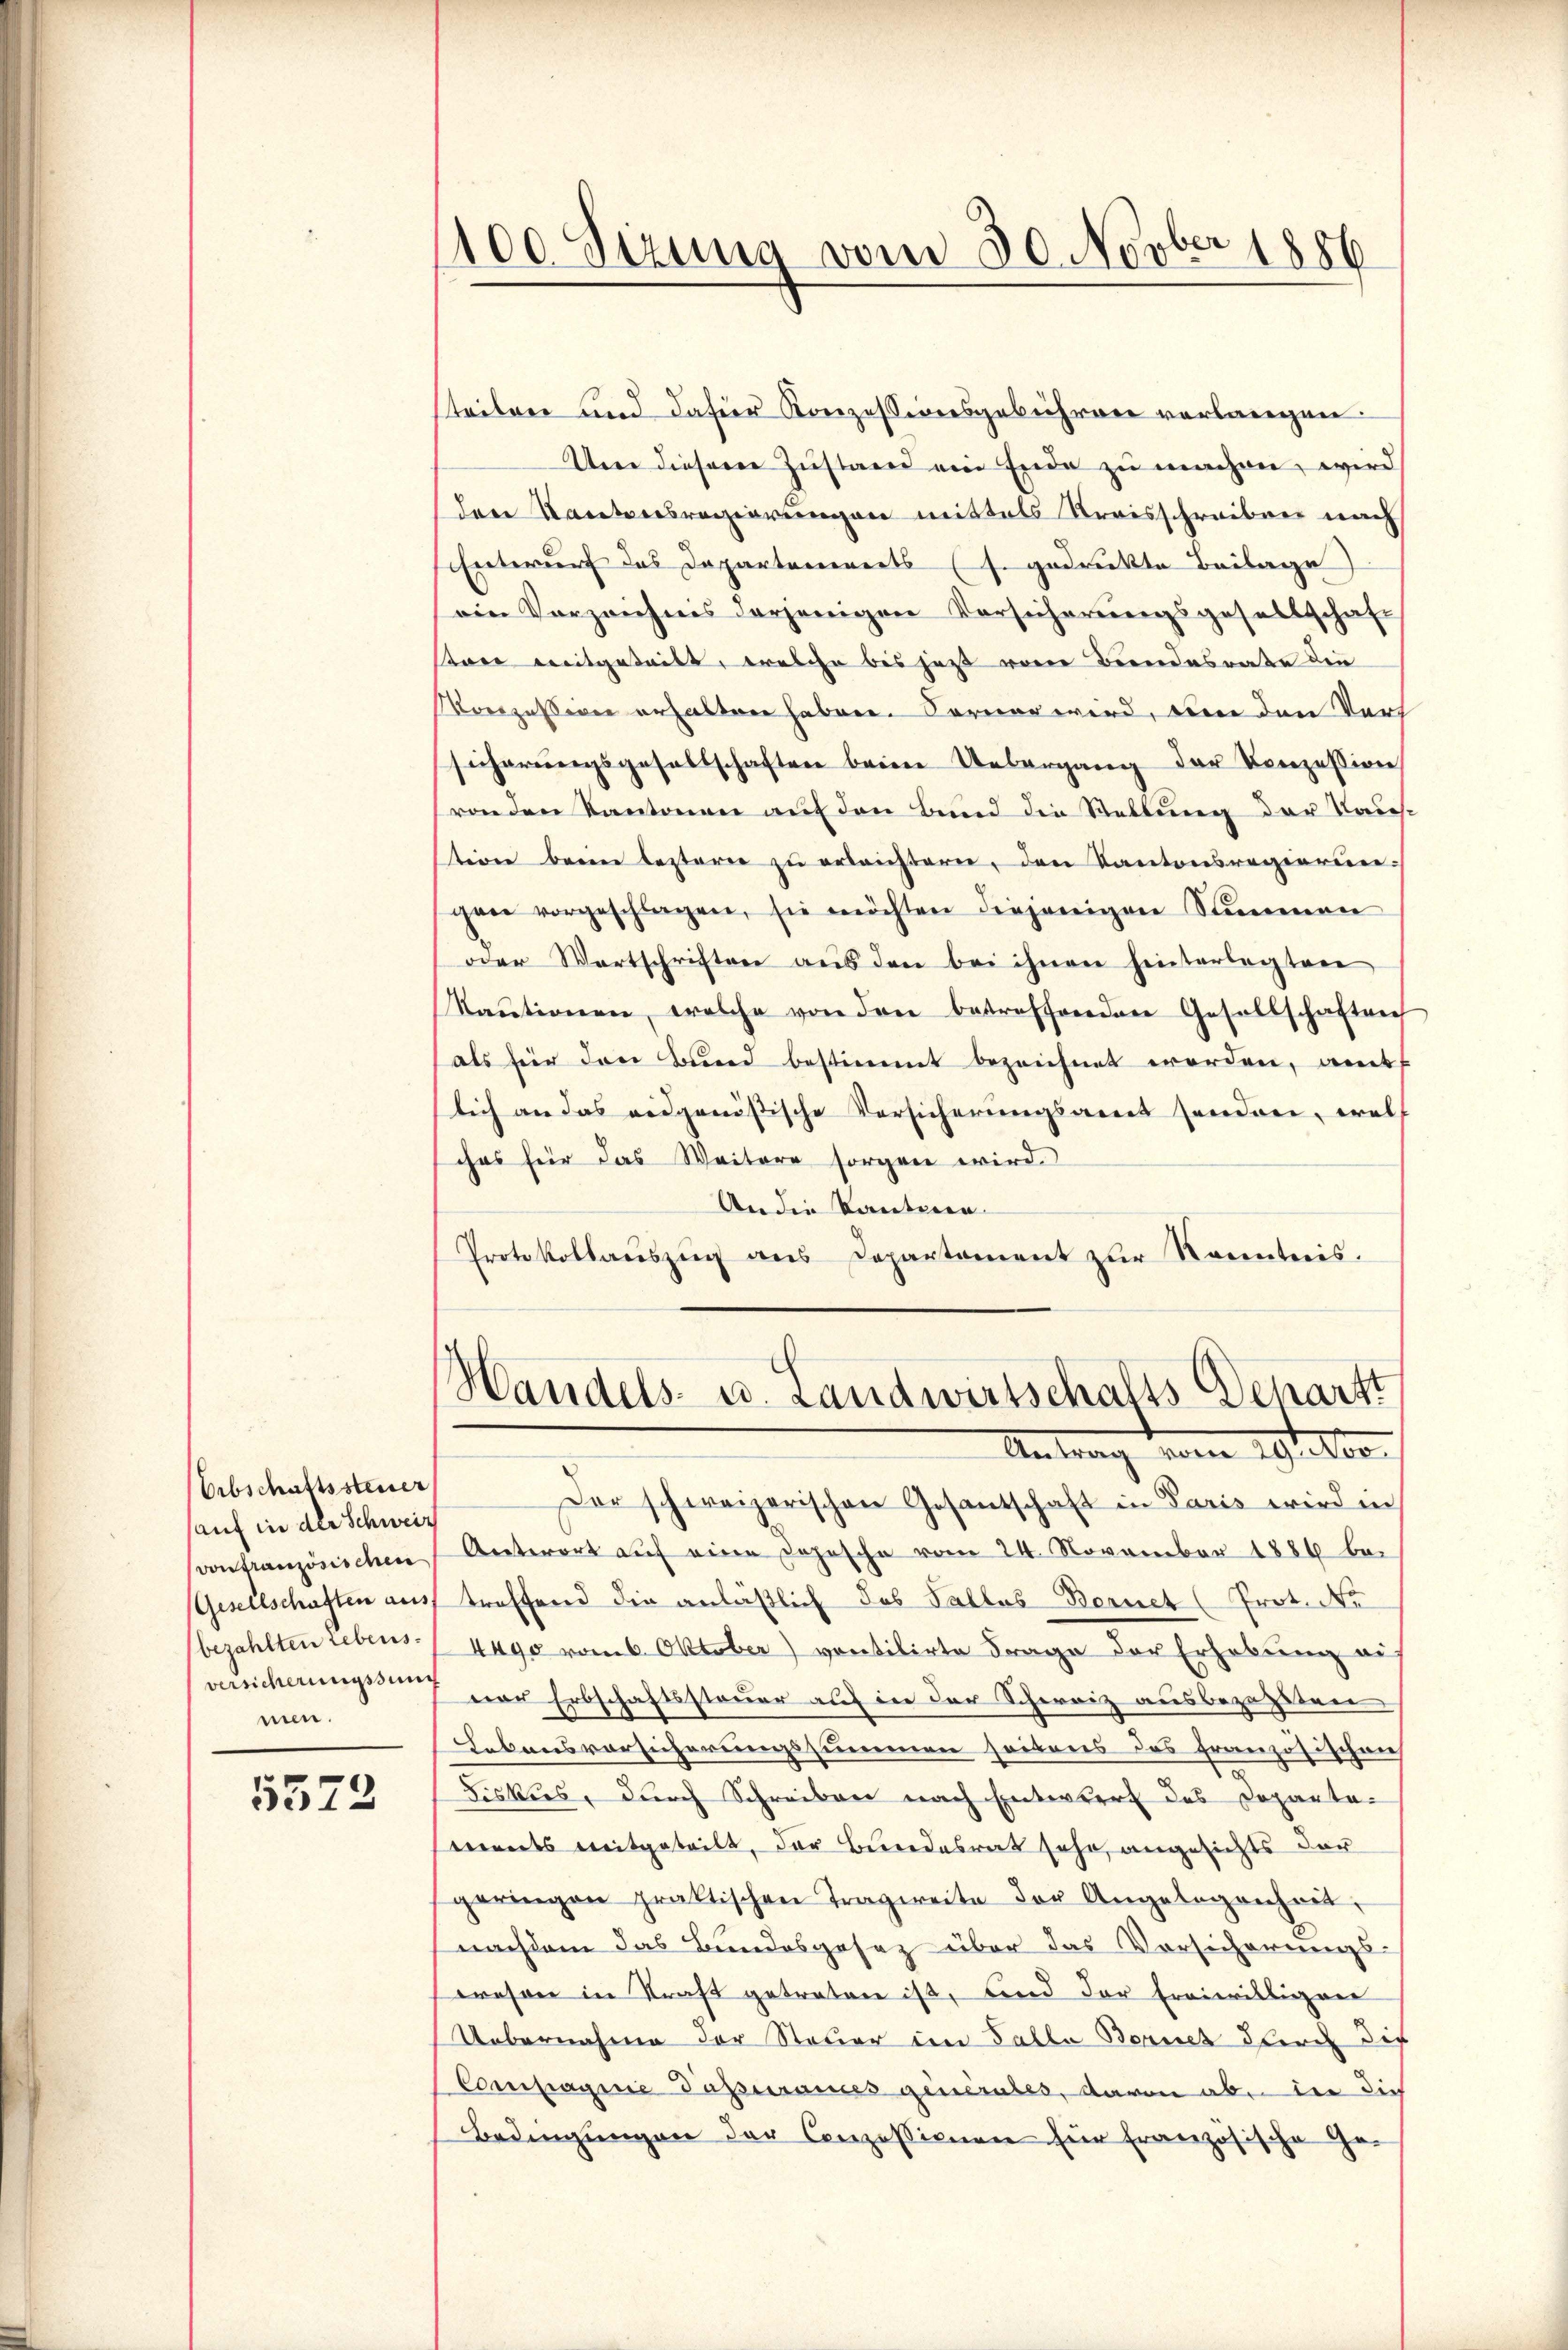
Erbschaftssteuer
auf in der Schweiz
von französischen
bezahlten Lebens.
men.

5572

steilen und dafür Konzessionsgebühren verlangen.
Um diesene Zustand ein Ende zu machen, wird
dere Kantonsregierungen mittels Kreisschreiben nach
Entwurf das Departarererts (s. gedruckte Beilage)
ein Verzeichnis derjenigen Vorsicherungsgesellschaft
stere weitgeteilt, welche bis jetzt vom Bundesrate die
Monzession erhalten haben. Ferner wird, von den Vors
sicherŭngsgesellschaften beim Uebergang der Konzession
(von den Kantonen auf den Bund die Stellung der Tauftion beim leztern zu erleistern, den Kantonsregierungen vorgeschlagen, sie möchten diejenigen Summen
oder Wartschriften aŭs den bei ihnen hinterlegten
Kaŭtionen, welche von den betreffenden Gesellschaften
als für den Bund bestimmt bezeichnet werden, amt
lich an das eidgenößische Versicherungsamt senden, welches für das Weitere sorgen wird.
An die Kantiren.
Protokollauszug aus Departement zur Kenntnis.

1100 Sizung vom 30. Novber 1886

Handels- u. Landwirtschafts-Scharft
Antrag vom 19. Nov.

Der schweizerischen Gesantschaft in Paris wird in
Antwort auf eine Depesche vom 24. November 1886 bei
Gesellschaften ausf treffend die anläßlich das Salles-Bernet (Prot. No
4490 vom 6. Oktober) ventilirte Frage der Erhebung auf
versicherungssen vor Erbschaftssteuer auf in der Schweiz ausbezahlten
Lebensvorsicherungssummen seitens das französischen
diskus, durch Schreiben nach Entwurf des Departa-
eits mitgeteilt, der Bundesrat sehr, angesichts der
geringen praktischen Tragweite der Angelegenheit,
nachdem das Bundesgesez über das Vorsicherungs-
wesen in Kraft getreten ist, und der freiwilligen
Uebernahme der Steuer im Falle Bernet durch die
Compagnie Passurances generates, davon ab, in die
Bedingungen der Conzessionen für französische Ge¬